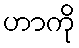
ဟာကို